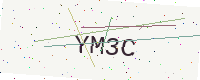
Text: YM3C